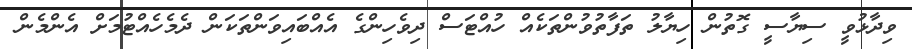
ވިދާޅުވީ ސިޔާސީ ގޮތުން ހިޔާލު ތަފާތުވުންތަކެއް ހުއްޓަސް ދިވެހިންގެ އެއްބައިވަންތަކަން ދެމެހެއްޓުމަށް އެންމެން